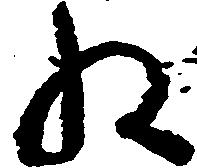
ね